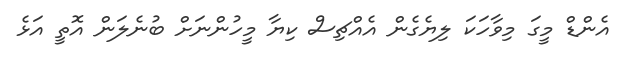
އެންޑް މީގަ މިވާހަކަ ލިޔެގެން އެއްޗިސް ކިޔާ މީހުންނަށް ބުނެލަން އޮތީ އަޅެ